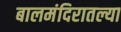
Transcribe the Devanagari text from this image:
बालमंदिरातल्या